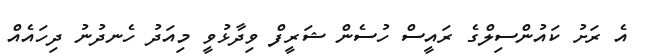
އެ ރަށު ކައުންސިލްގެ ރައީސް ހުސެން ޝަރީފް ވިދާޅުވީ މިއަދު ހެނދުނު ދިހައެއް